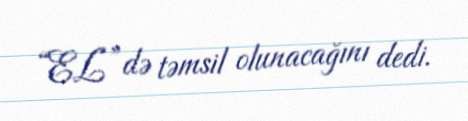
“EL”də təmsil olunacağını dedi.